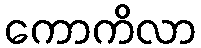
ကောကိလာ